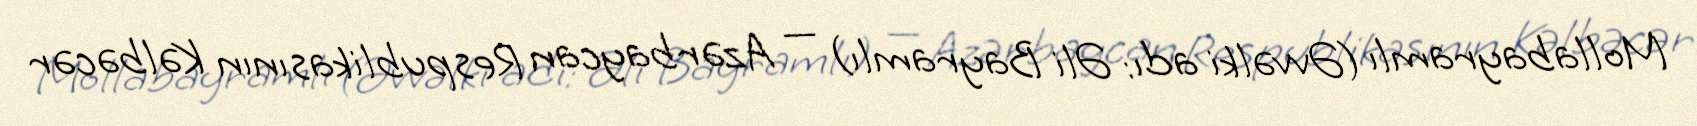
Mollabayramlı (Əvvəlki adı: Əli Bayramlı) — Azərbaycan Respublikasının Kəlbəcər